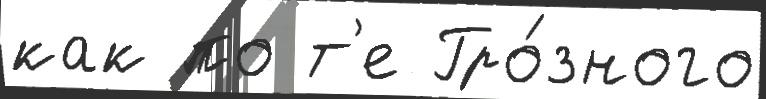
как по т'е Гро́зного